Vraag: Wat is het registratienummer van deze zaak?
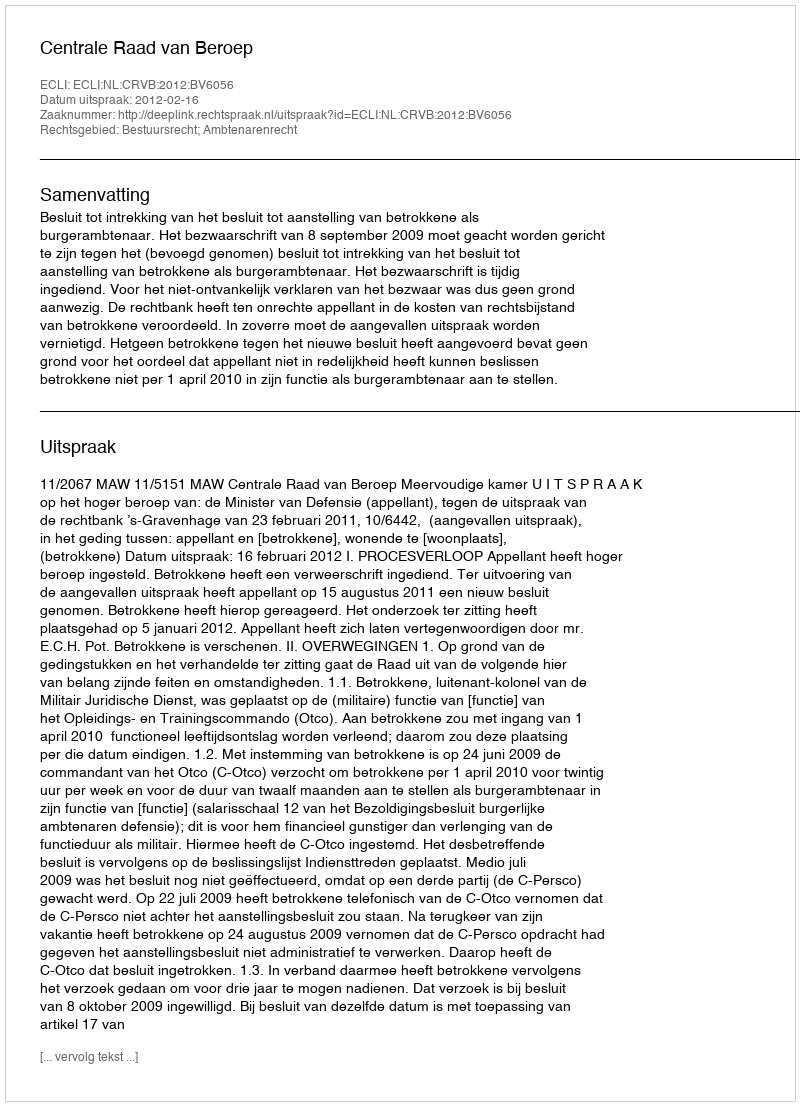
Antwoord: http://deeplink.rechtspraak.nl/uitspraak?id=ECLI:NL:CRVB:2012:BV6056